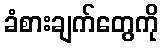
ခံစားချက်တွေကို